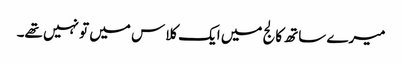
میرے ساتھ کالج میں ایک کلاس میں تو نہیں تھے۔